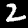
Digit: 2